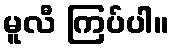
မူလီ ကြပ်ပါ။